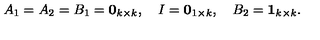
A _ { 1 } = A _ { 2 } = B _ { 1 } = \mathbf { 0 } _ { k \times k } , \quad I = \mathbf { 0 } _ { 1 \times k } , \quad B _ { 2 } = \mathbf { 1 } _ { k \times k } .